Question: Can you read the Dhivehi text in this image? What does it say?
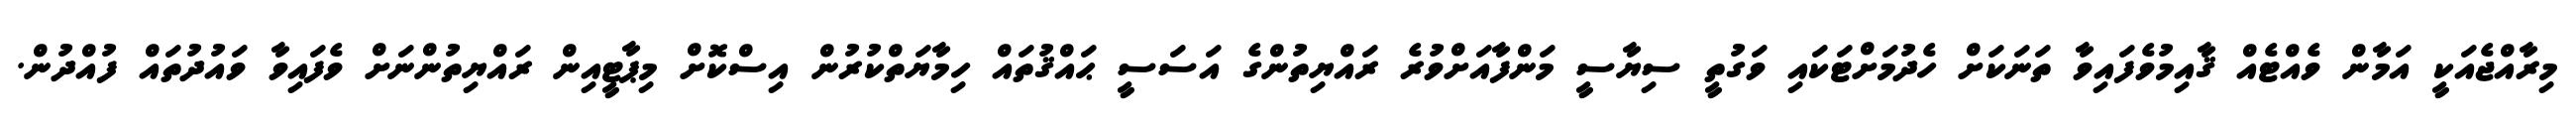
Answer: މިރާއްޖެއަކީ އަމާން ވެއްޓެއް ޤާއިމުވެފައިވާ ތަނަކަށް ހެދުމަށްޓަކައި ވަގުތީ ސިޔާސީ މަންފާއަށްވުރެ ރައްޔިތުންގެ އަސަސީ ޙައްޤުތައް ހިމާޔަތްކުރުން އިސްކޮށް މިޕާޓީއިން ރައްޔިތުންނަށް ވެފައިވާ ވައުދުތައް ފުއްދުން.